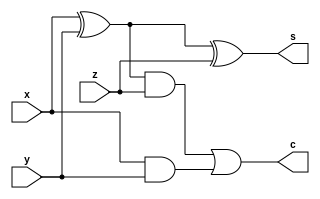
`timescale 1ns / 1ps
module full_adder(
    input x,
    input y,
    input z,
    output s,
    output c
    );
    
    assign c = ((x^y)&z )|(x&y);
    assign s = x^y^z;
    
endmodule